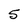
Character: 5